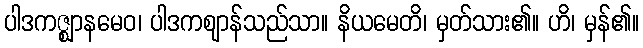
ပါဒကဇ္ဈာနမေဝ၊ ပါဒကဈာန်သည်သာ။ နိယမေတိ၊ မှတ်သား၏။ ဟိ၊ မှန်၏။